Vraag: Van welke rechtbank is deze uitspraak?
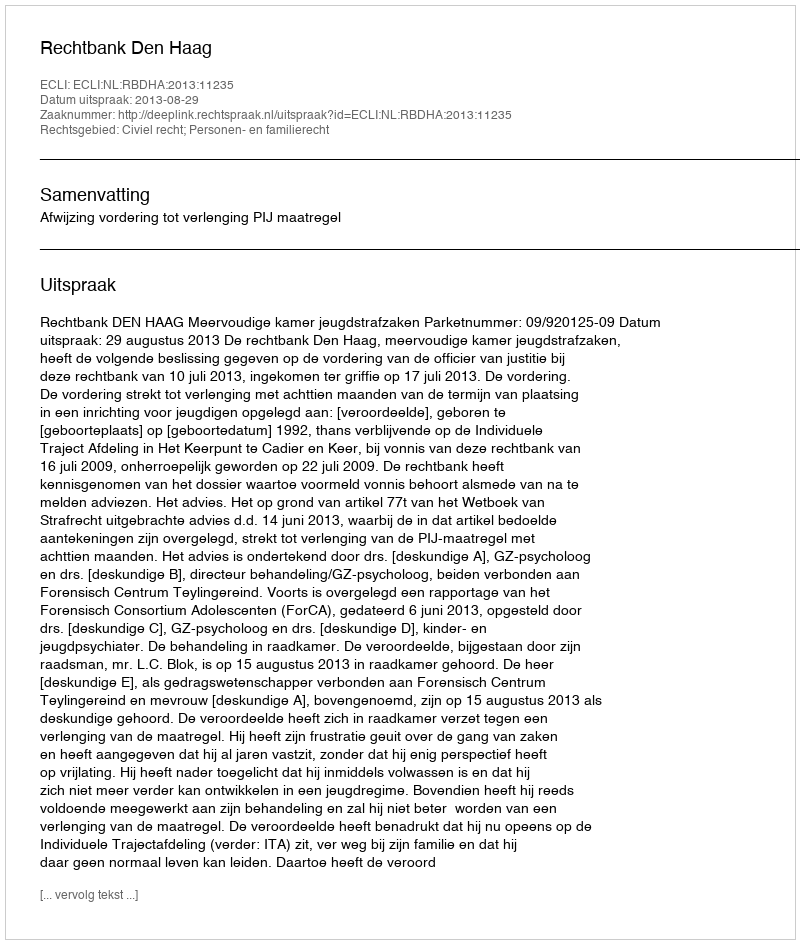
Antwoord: Rechtbank Den Haag